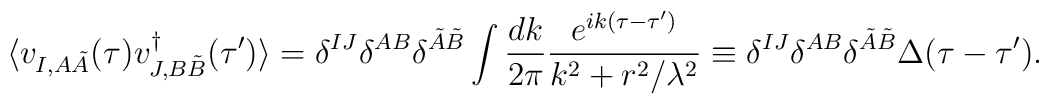
\langle v_{I,A\tilde{A}}(\tau) v_{J,B\tilde{B}}^\dagger(\tau') \rangle=\delta^{IJ}\delta^{AB}\delta^{\tilde{A}\tilde{B}}\int\frac{dk}{2\pi}\frac{e^{ik(\tau-\tau')}}{k^2+r^2/\lambda^2}\equiv \delta^{IJ}\delta^{AB}\delta^{\tilde{A}\tilde{B}}\Delta(\tau-\tau').